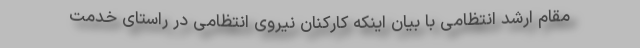
مقام ارشد انتظامی با بیان اینکه کارکنان نیروی انتظامی در راستای خدمت